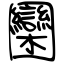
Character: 圞